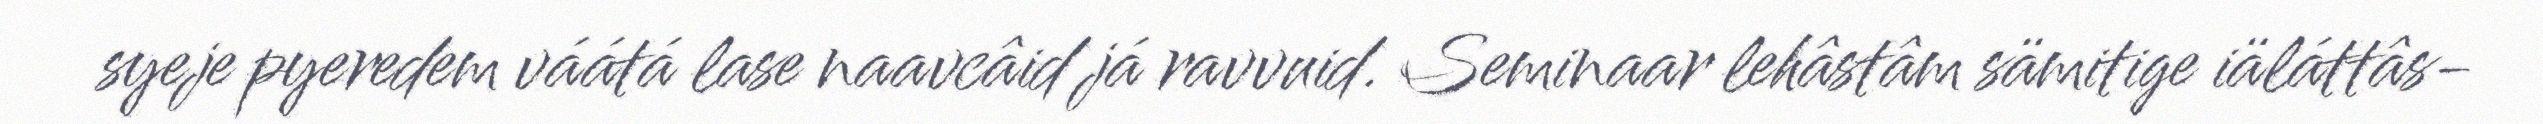
syeje pyeredem váátá lase naavcâid já ravvuid. Seminaar lehâstâm sämitige iäláttâs-